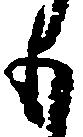
も